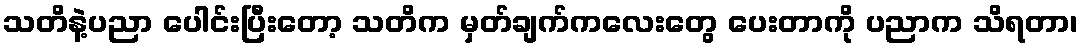
သတိနဲ့ပညာ ပေါင်းပြီးတော့ သတိက မှတ်ချက်ကလေးတွေ ပေးတာကို ပညာက သိရတာ၊